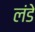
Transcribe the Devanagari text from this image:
लंडे